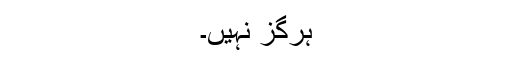
ہرگز نہیں۔